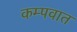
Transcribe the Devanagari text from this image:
कम्पवात